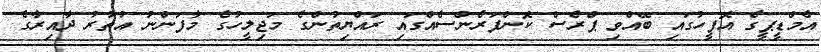
އެމްޑީޕީގެ އޮފީހުގައި ބޭއްވި ޕްރެސް ކޮންފަރެންސެއްގައި ރައްޔިތުންގެ މަޖިލީހުގެ މާފަންނު އުތުރު ދާއިރާގެ